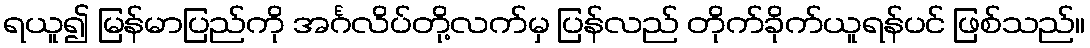
ရယူ၍ မြန်မာပြည်ကို အင်္ဂလိပ်တို့လက်မှ ပြန်လည် တိုက်ခိုက်ယူရန်ပင် ဖြစ်သည်။